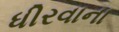
ધીરવાના